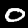
Digit: 0